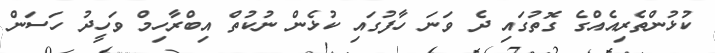
ކުޅުންތެރިއެއްގެ ގޮތުގައި ދެ ވަނަ ހާފުގައި ކުޅެން ނުކުތް އިބްރާހިމް ވަހީދު ހަސަން